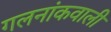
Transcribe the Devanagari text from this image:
गलनांकवाली